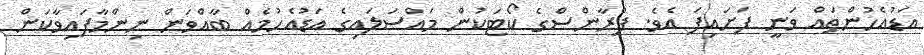
އަޑުއެހުންތައް ވަނީ ފަށައިފަ އެވެ. ފްރާންސްގެ ކޯޓަކުން މައްސަލައިގެ އަޑުއެހުމެއް ބާއްވަން ނިންމާފައިވާކަން